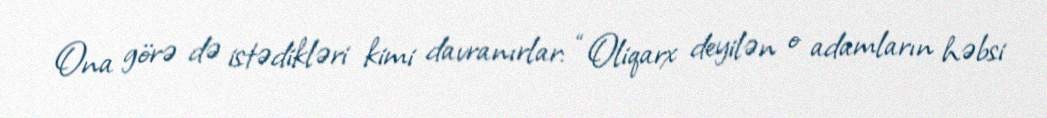
Ona görə də istədikləri kimi davranırlar: “Oliqarx deyilən o adamların həbsi